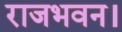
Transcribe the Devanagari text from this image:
राजभवन।